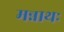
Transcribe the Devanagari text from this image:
मन्नाथः